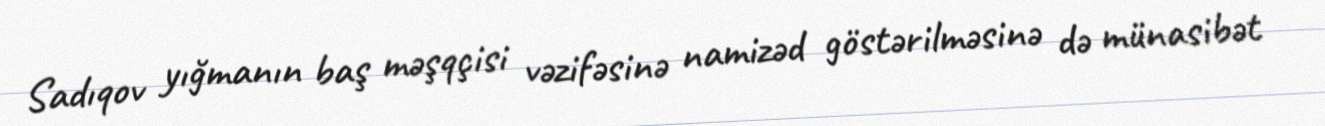
Sadıqov yığmanın baş məşqçisi vəzifəsinə namizəd göstərilməsinə də münasibət